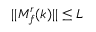
\lvert | M _ { f } ^ { r } ( k ) \rvert | \leq L